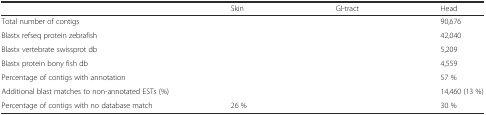
<table><thead><tr><td>[EMPTY_CELL]</td><td><b>Skin</b></td><td><b>GI-tract</b></td><td><b>Head</b></td></tr></thead><tbody><tr><td>Total number of contigs</td><td>[EMPTY_CELL]</td><td>[EMPTY_CELL]</td><td>90,676</td></tr><tr><td>Blastx refseq protein zebrafish</td><td>[EMPTY_CELL]</td><td>[EMPTY_CELL]</td><td>42,040</td></tr><tr><td>Blastx vertebrate swissprot db</td><td>[EMPTY_CELL]</td><td>[EMPTY_CELL]</td><td>5,209</td></tr><tr><td>Blastx protein bony fish db</td><td>[EMPTY_CELL]</td><td>[EMPTY_CELL]</td><td>4,559</td></tr><tr><td>Percentage of contigs with annotation</td><td>[EMPTY_CELL]</td><td>[EMPTY_CELL]</td><td>57 %</td></tr><tr><td>Additional blast matches to non-annotated ESTs (%)</td><td>[EMPTY_CELL]</td><td>[EMPTY_CELL]</td><td>14,460 (13 %)</td></tr><tr><td>Percentage of contigs with no database match</td><td>26 %</td><td>[EMPTY_CELL]</td><td>30 %</td></tr></tbody></table>